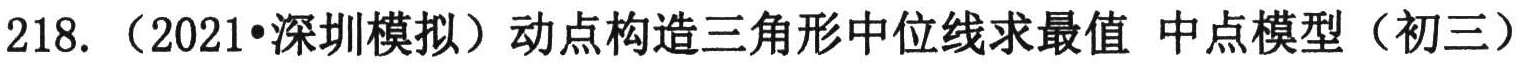
218. （2021•深圳模拟）动点构造三角形中位线求最值 中点模型（初三）